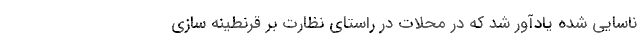
ناسایی شده یادآور شد که در محلات در راستای نظارت بر قرنطینه سازی